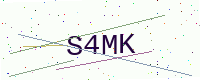
Text: S4MK